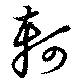
軻